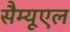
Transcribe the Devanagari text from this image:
सैम्‍यूएल